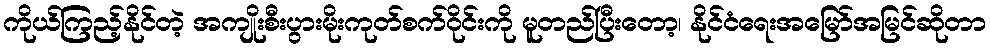
ကိုယ်ကြည့်နိုင်တဲ့ အကျိုးစီးပွားမိုးကုတ်စက်ဝိုင်းကို မူတည်ပြီးတော့၊ နိုင်ငံရေးအမြော်အမြင်ဆိုတာ